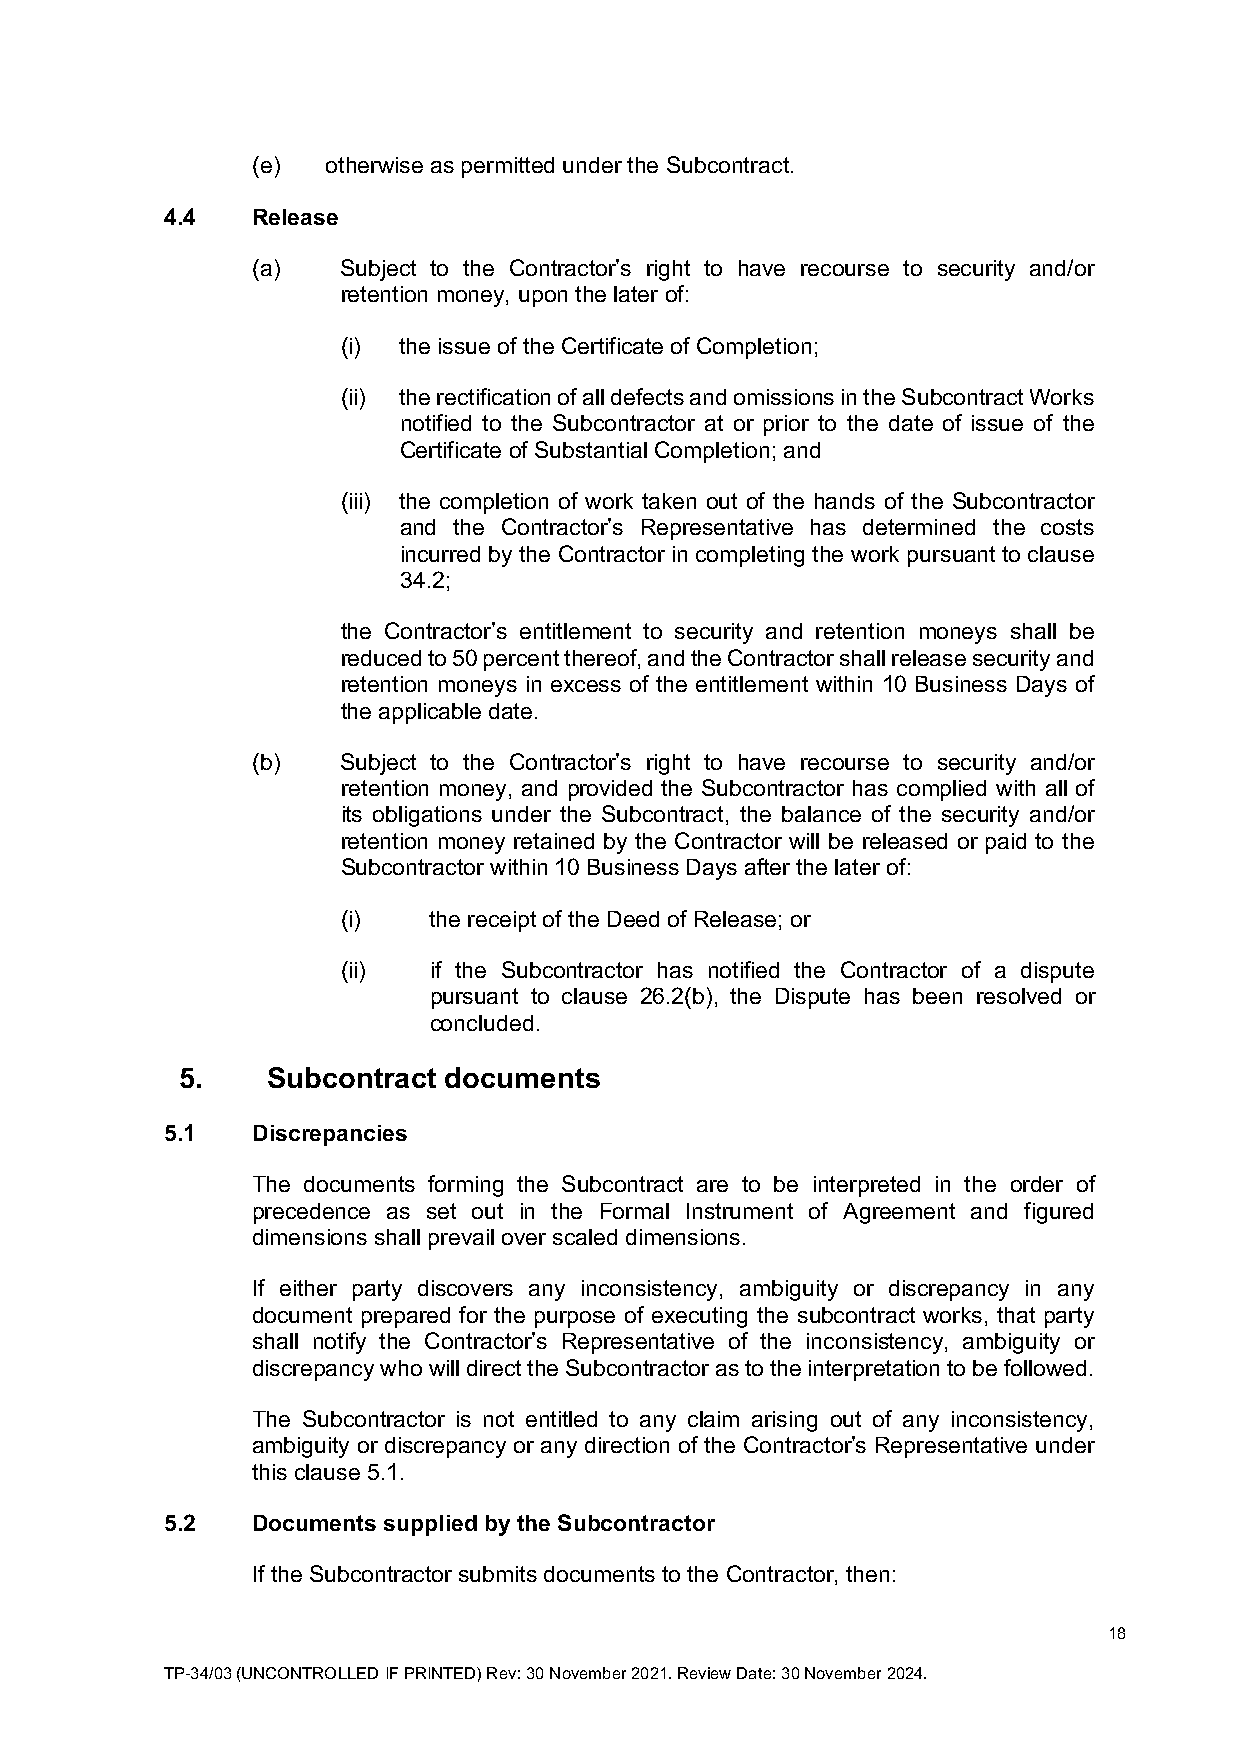
(e)  otherwise as permitted under the Subcontract.
 4.4   Release
 (a)   Subject to the Contractor’s right to have recourse to security and/or
 retention money, upon the later of:
 (i) the issue of the Certificate of Completion;
 (ii) the rectification of all defects and omissions in the Subcontract Works
 notified to the Subcontractor at or prior to the date of issue of the
 Certificate of Substantial Completion; and
 (iii) the completion of work taken out of the hands of the Subcontractor
 and the Contractor’s Representative has determined the costs
 incurred by the Contractor in completing the work pursuant to clause
 34.2;
 the Contractor’s entitlement to security and retention moneys shall be
 reduced to 50 percent thereof, and the Contractor shall release security and
 retention moneys in excess of the entitlement within 10 Business Days of
 the applicable date.
 (b)   Subject to the Contractor’s right to have recourse to security and/or
 retention money, and provided the Subcontractor has complied with all of
 its obligations under the Subcontract, the balance of the security and/or
 retention money retained by the Contractor will be released or paid to the
 Subcontractor within 10 Business Days after the later of:
 (i)  the receipt of the Deed of Release; or
 (ii) if the Subcontractor has notified the Contractor of a dispute
 pursuant to clause 26.2(b), the Dispute has been resolved or
 concluded.
 5.    Subcontract documents
 5.1   Discrepancies
 The documents forming the Subcontract are to be interpreted in the order of
 precedence as set out in the Formal Instrument of Agreement and figured
 dimensions shall prevail over scaled dimensions.
 If either party discovers any inconsistency, ambiguity or discrepancy in any
 document prepared for the purpose of executing the subcontract works, that party
 shall notify the Contractor’s Representative of the inconsistency, ambiguity or
 discrepancy who will direct the Subcontractor as to the interpretation to be followed.
 The Subcontractor is not entitled to any claim arising out of any inconsistency,
 ambiguity or discrepancy or any direction of the Contractor’s Representative under
 this clause 5.1.
 5.2   Documents supplied by the Subcontractor
 If the Subcontractor submits documents to the Contractor, then:
 18
 TP-34/03 (UNCONTROLLED IF PRINTED) Rev: 30 November 2021. Review Date: 30 November 2024.